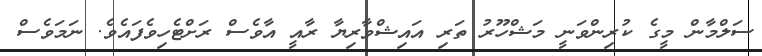
ސަލްމާން މީގެ ކުރިންވަނީ މަޝްހޫރު ތަރި އައިޝްވާރިޔާ ރާއީ އާވެސް ރަށްޓެހިވެފައެވެ. ނަމަވެސް